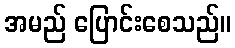
အမည် ပြောင်းစေသည်။